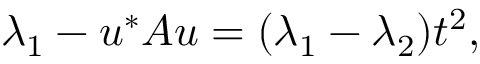
\lambda _ { 1 } - u ^ { * } A u = ( \lambda _ { 1 } - \lambda _ { 2 } ) t ^ { 2 } ,